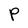
Character: P